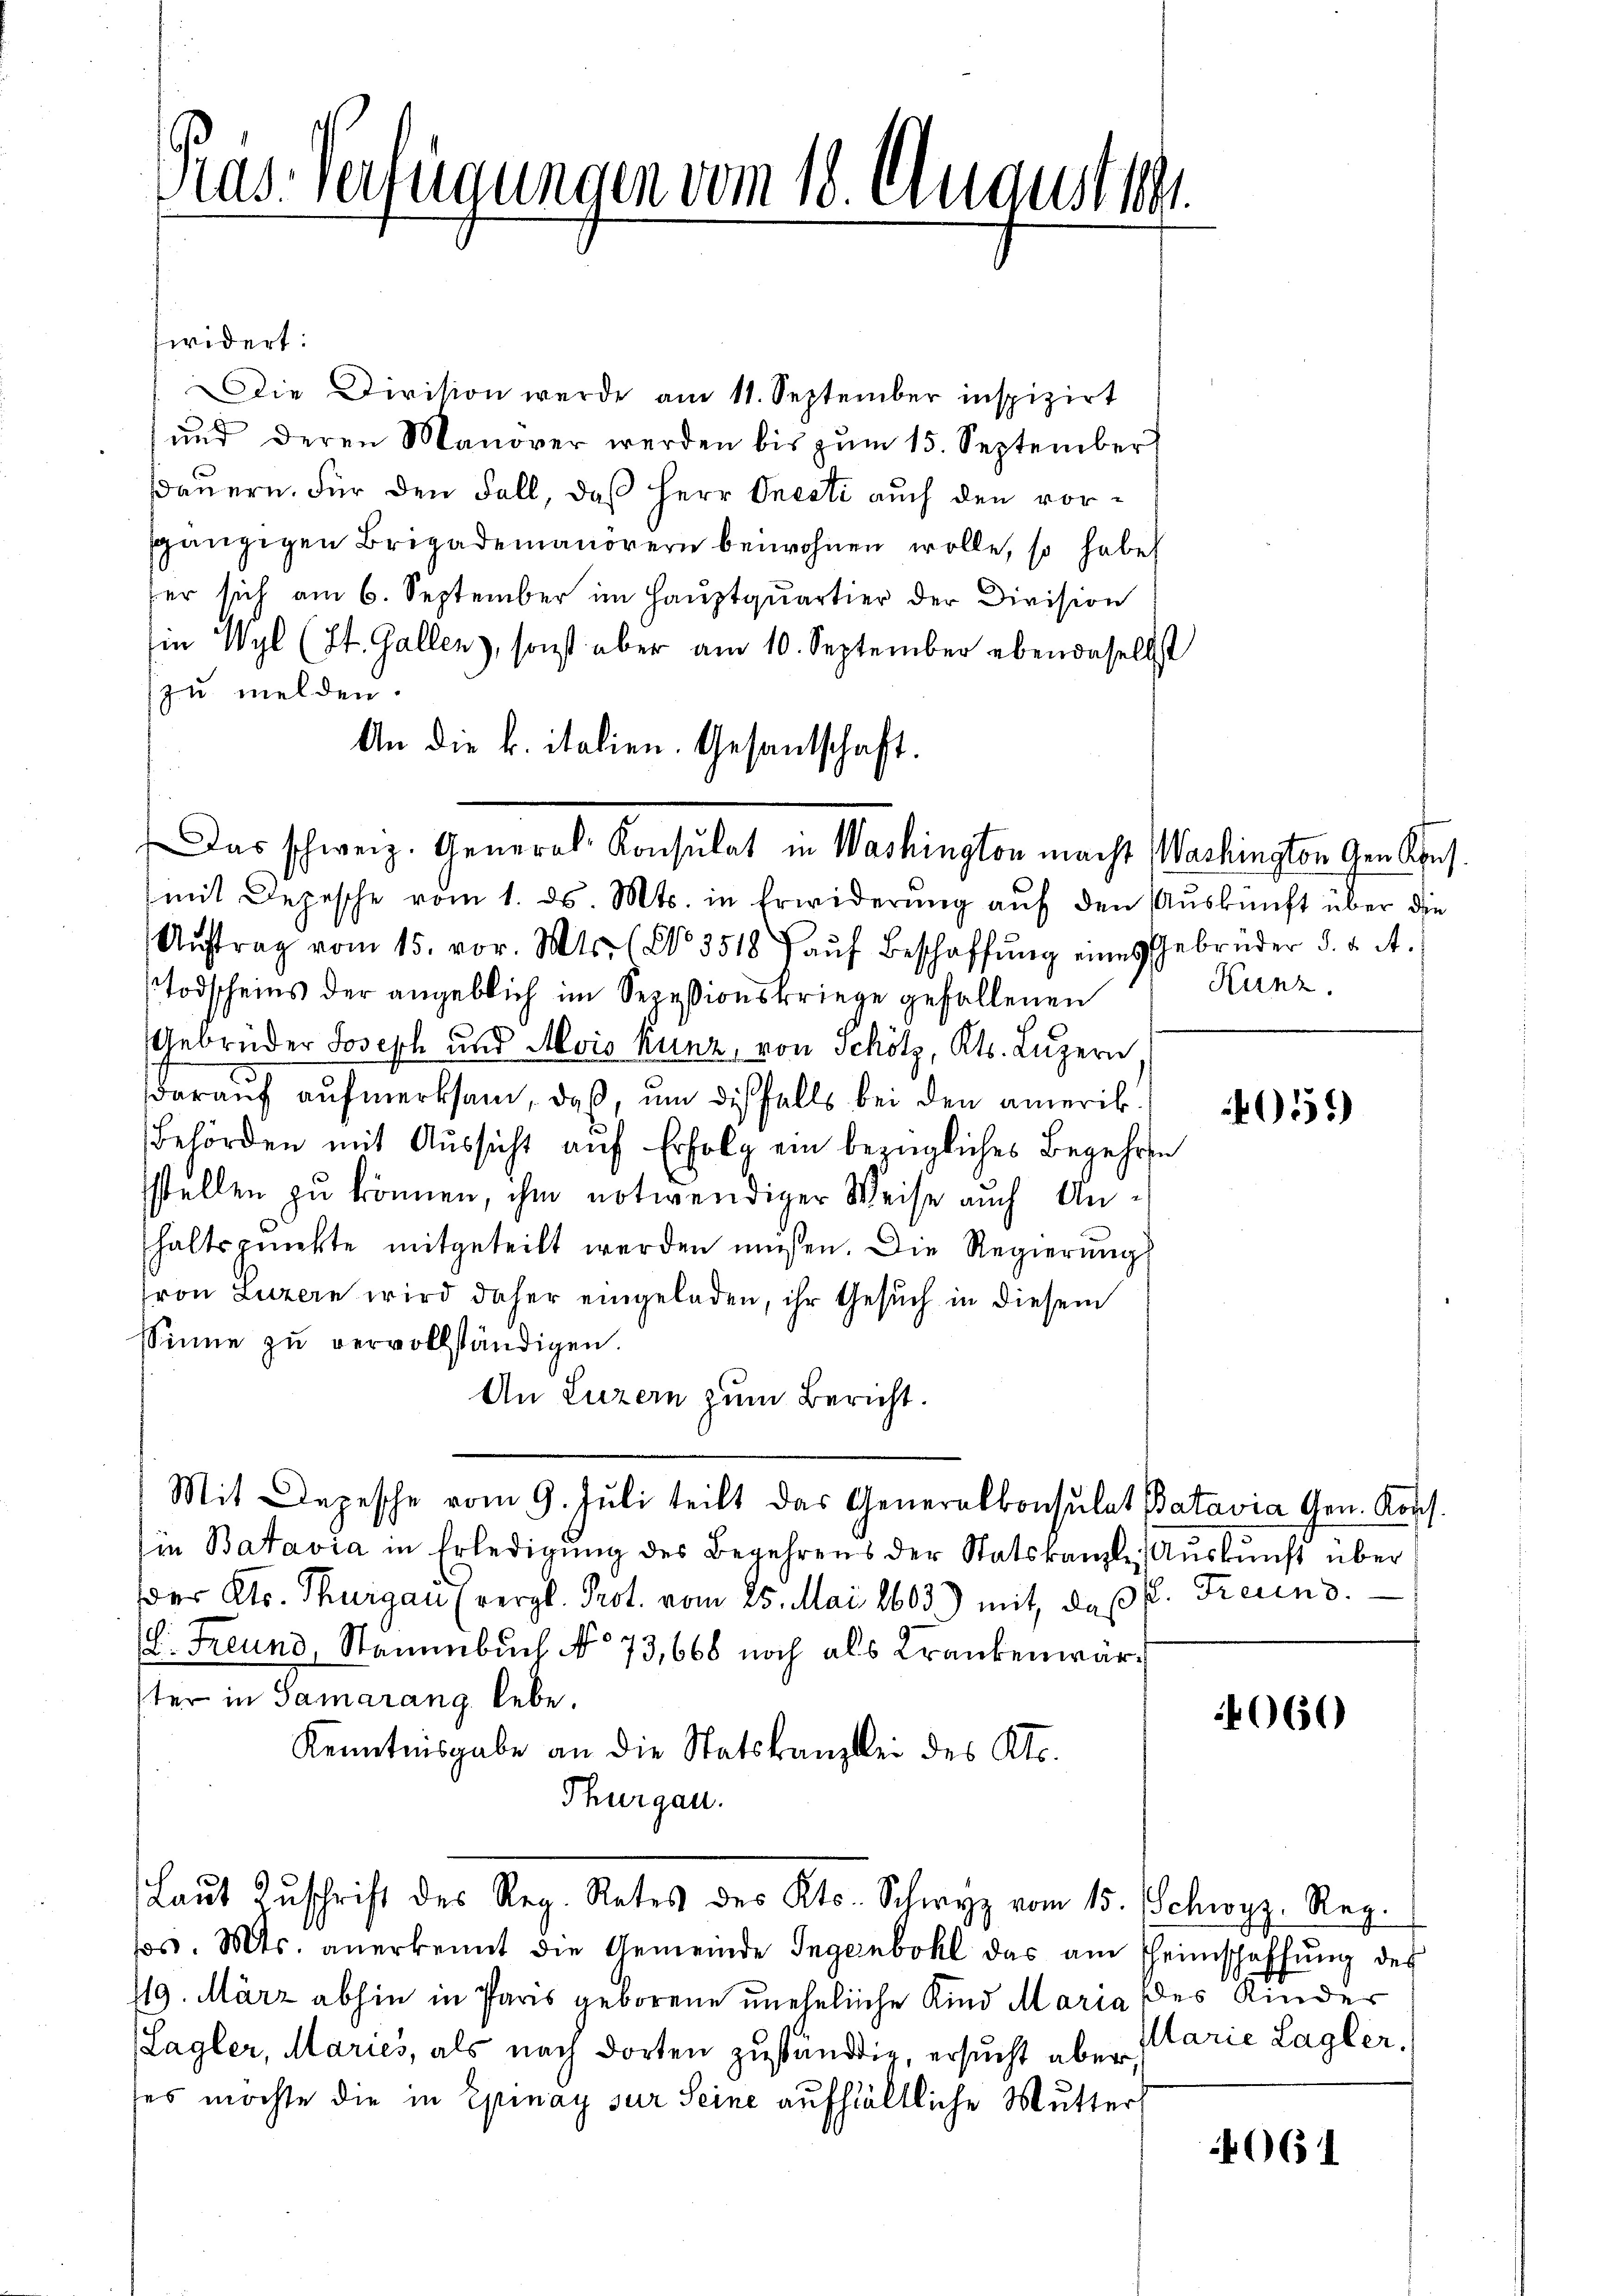
Präs. Verfügungen vom 18. August l.

widert:
DDie Division werde am 11. September inspizirt
ŭnd deren Manover werden bis zŭm 15. September
sauern. Für den Fall, daß Herr Onesti auch den vorsgängigen Brigademanörern beiwohnen wolle, so habe
her sich am 6. September im Hauptquartier der Division
Ein Wyl (St. Gallen, sonst aber am 10. September ebendaselbst
zu melden.
mit Depesche vom 1. ds. Mts. in Erwiderung auf den Auskunft über die
Aŭftrag vom 15. vor. Mts. No. 3518 f aŭf Beschaffŭng eines Gebrüder d. d. A.
Todscheins der angeblich im Sepeßionskriege gefallenen
Gebrüder Joseph und Alois Kunz, von Schötz, Kts. Luzern
darauf aufmerksam, daß, um diesfalls bei den amerik
Behörden mit Aussicht auf Erfolg ein bezügliches Begehren
sstellen zu können, ihm notwendiger Weise auch Anhaltspunkte mitgeteilt werden müssen. Die Regierung
ron Luzern wird daher eingeladen, ihr Gesuch in diesem
Sinne zŭ vervollständigen.
An Luzern zum Bericht.
Mit Depesche vom 9. Jŭli teilt das Generalkonsulat Batavia Gen. Kopf.
hie Batavia in Erledigŭng des Begehrens der Statskanzlei Aŭskŭnft über
der Kts. Thurgau (vergl. Prot. vom 25. Mai 1603) mit, daß f. Freund.
(. Freund, Stammbuch No 73,668 noch als Krankenwärster in Samarang lebe.
Kenntnisgabe an die Statskanzlei des Kts.
Thurgau.
Laŭt Zŭschrift des Reg. Rates des Kts. Schwyz vom 15. (Schwyz. Reg.
s. Mts. anerkennt die Gemeinde Ingenbohl das am Theimschaffŭng des
119. März abhin in Paris geborene uneheliche Kind Maria des Kinder
(Lagler, Maries, als nach dorten zuständig, ersucht aber,
es möchte die in Epinay sur Seine aufhältliche Mutter,

An die k. italien. Gesandtschaft.
Das schweiz. General-Konsulat in Washington macht (Washington Gen Khus.

Kunz.

4055)

060

Marie Lagler.

061